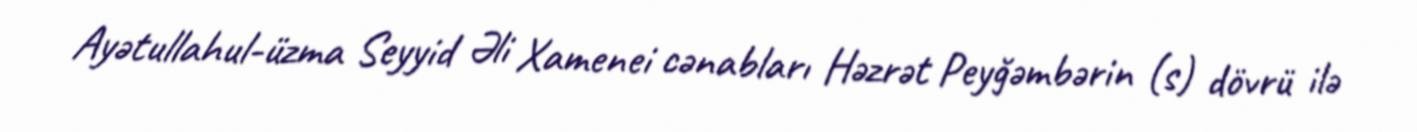
Ayətullahul-üzma Seyyid Əli Xamenei cənabları Həzrət Peyğəmbərin (s) dövrü ilə